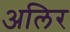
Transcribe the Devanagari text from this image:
अलिर